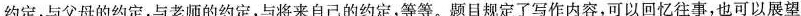
约定，与父母的约定，与老师的约定，与将来自己的约定，等等。题目规定了写作内容，可以回忆往事，也可以展望